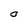
Character: O